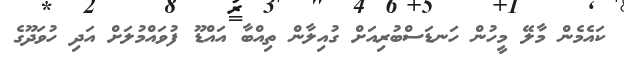
ކައެމެން މާލޭ މީހުން ހަނޑަސްބުރިއަށް ގުއިލާން ތިއްބާ އައްޑޫ ފުވައްމުލަށް އަދި ހުވަދޫގެ